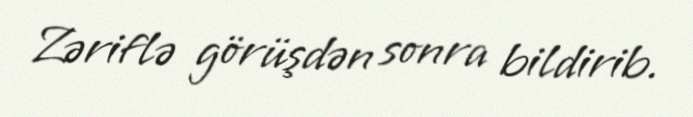
Zəriflə görüşdən sonra bildirib.